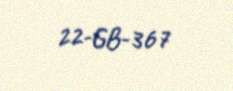
22-GB-367